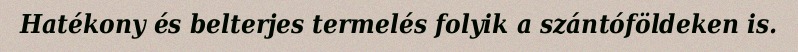
Hatékony és belterjes termelés folyik a szántóföldeken is.